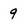
Character: 9